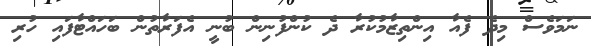
ނަމަވެސް މިދެ ފެއާ އިންތިޒާމުކުރާ ދެ ކުންފުނިން ބުނީ އެފަރާތުން ބަހައްޓާފައި ހުރި